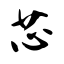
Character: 芯